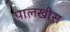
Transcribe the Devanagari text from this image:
पालखीस